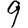
Digit: 9